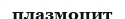
плазмоцит